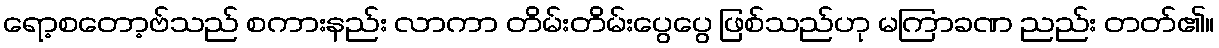
ရော့စတော့ဗ်သည် စကားနည်း လာကာ တိမ်းတိမ်းပွေပွေ ဖြစ်သည်ဟု မကြာခဏ ညည်း တတ်၏။